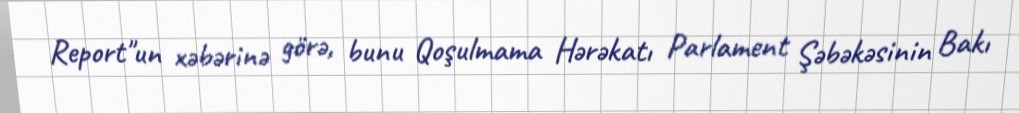
Report"un xəbərinə görə, bunu Qoşulmama Hərəkatı Parlament Şəbəkəsinin Bakı